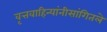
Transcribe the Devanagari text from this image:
वृत्तवाहिन्यांनीसांगितले